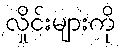
လှိုင်းများကို